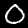
Digit: 0